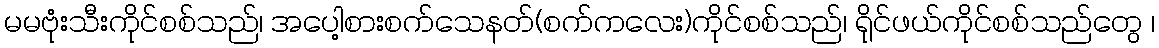
မမဗုံးသီးကိုင်စစ်သည်၊ အပေါ့စားစက်သေနတ်(စက်ကလေး)ကိုင်စစ်သည်၊ ရိုင်ဖယ်ကိုင်စစ်သည်တွေ ၊